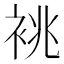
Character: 𫋺